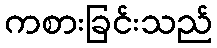
ကစားခြင်းသည်